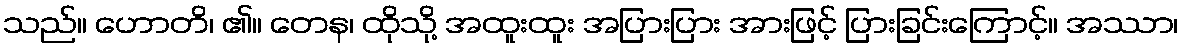
သည်။ ဟောတိ၊ ၏။ တေန၊ ထိုသို့ အထူးထူး အပြားပြား အားဖြင့် ပြားခြင်းကြောင့်။ အဿာ၊